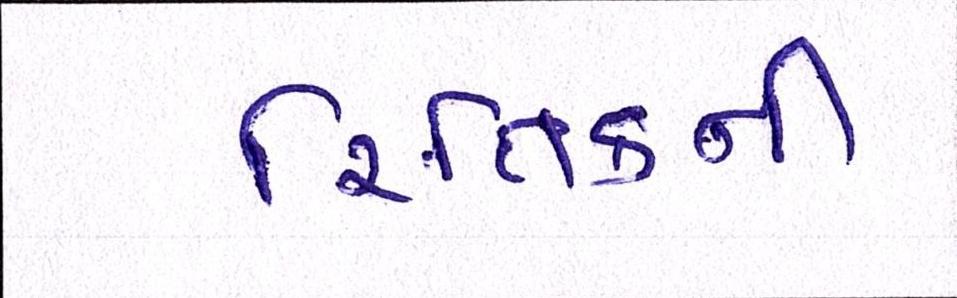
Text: રિતિકની